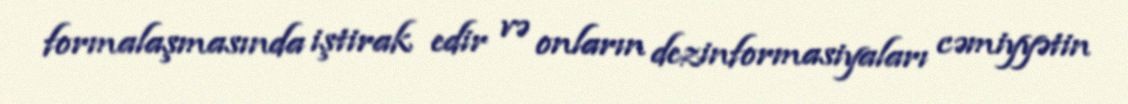
formalaşmasında iştirak edir və onların dezinformasiyaları cəmiyyətin